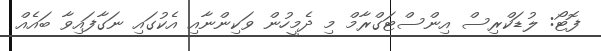
ފޮޓޯ: ލުޑަކްރިސް އިންސްޓަގްރާމް މި ދެމީހުން ވަކިންނާއި އެކުގައި ނަގާފައިވާ ބައެއް